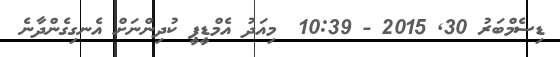
ޑިސެމްބަރު 30